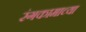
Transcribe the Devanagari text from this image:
रंगकामाच्या